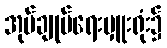
အုပ်ချုပ်ရေးမှူးရုံး၌